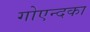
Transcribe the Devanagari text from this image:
गोएन्दका